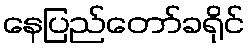
နေပြည်တော်ခရိုင်